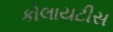
કોલાયટીસ